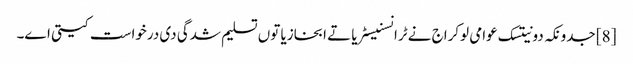
[8] جدونکہ دونیتسک عوامی لوکراج نے ٹرانسنیسٹریا تے ابخازیا توں تسلیم شدگی دی درخواست کیتی اے۔